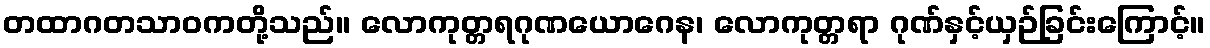
တထာဂတသာဝကတို့သည်။ လောကုတ္တရဂုဏယောဂေန၊ လောကုတ္တရာ ဂုဏ်နှင့်ယှဉ်ခြင်းကြောင့်။